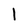
Character: l